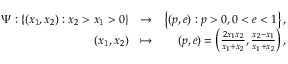
\begin{array} { r l r } { \Psi : \left\{ ( x _ { 1 } , x _ { 2 } ) : x _ { 2 } > x _ { 1 } > 0 \right\} } & { \to } & { \left\{ ( p , e ) : p > 0 , 0 < e < 1 \right\} , } \\ { ( x _ { 1 } , x _ { 2 } ) } & { \mapsto } & { ( p , e ) = \left( \frac { 2 x _ { 1 } x _ { 2 } } { x _ { 1 } + x _ { 2 } } , \frac { x _ { 2 } - x _ { 1 } } { x _ { 1 } + x _ { 2 } } \right) , } \end{array}